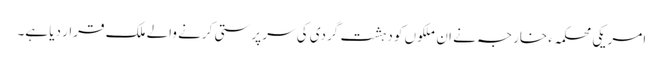
امریکی محکمہء خارجہ نے ان ملکوں کو دہشت گردی کی سر پرستی کرنے والے ملک قرار دیا ہے۔